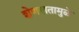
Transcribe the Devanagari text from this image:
शेणखतामुळे